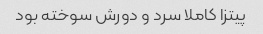
پیتزا کاملا سرد و دورش سوخته بود